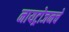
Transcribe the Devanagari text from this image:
नायट्रोजनचे